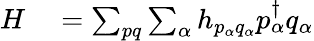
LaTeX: \begin{array}{rl}{H}&{{}=\sum_{pq}\sum_{\alpha}h_{p_{\alpha}q_{\alpha}}p_{\alpha}^{\dagger}q_{\alpha}}\end{array}